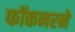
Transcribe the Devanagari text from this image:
फॉकनरने